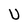
Character: U